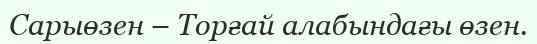
Сарыөзен – Торғай алабындағы өзен.